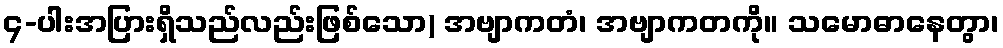
၄-ပါးအပြားရှိသည်လည်းဖြစ်သော) အဗျာကတံ၊ အဗျာကတကို။ သမောဓာနေတွာ၊